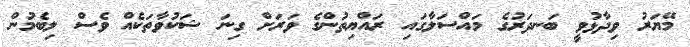
މޭޔަރު ވިދާޅުވީ ބަނދަރުގެ މައްސަލާގައި ރައްޔިތުންގެ ވަރަށް ގިނަ ޝަކުވާތަކެއް ވެސް ލިބެމުން